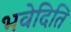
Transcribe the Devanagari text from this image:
भवेदिति